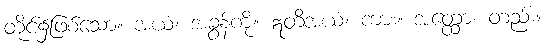
တိုင်၌ဖြစ်သော။ အယံ၊ အခွန်ကို။ ဣတိအယံ၊ ကား။ အတ္ထော၊ တည်း။